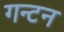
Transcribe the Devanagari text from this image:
गन्टन